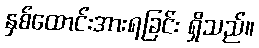
နှစ်ထောင်းအားရခြင်း ရှိသည်။